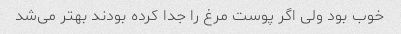
خوب بود ولی اگر پوست مرغ را جدا کرده بودند بهتر می‌شد